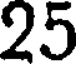
25